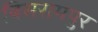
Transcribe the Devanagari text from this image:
बिसरामपुर